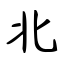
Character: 北